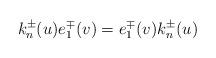
LaTeX: \begin{align*}k_{n}^{\pm}(u)e_{1}^{\mp}(v)=e_{1}^{\mp}(v)k_{n}^{\pm}(u)\end{align*}